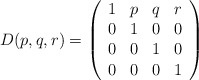
\begin{align*}D(p, q, r) = \left( \begin{array}{cccc}1 & p & q & r \\0 & 1 & 0 & 0 \\0 & 0 & 1 & 0 \\0 & 0 & 0 & 1\end{array} \right)\end{align*}